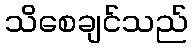
သိစေချင်သည်